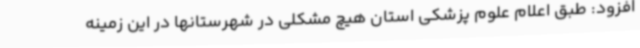
افزود: طبق اعلام علوم پزشکی استان هیچ مشکلی در شهرستانها در این زمینه